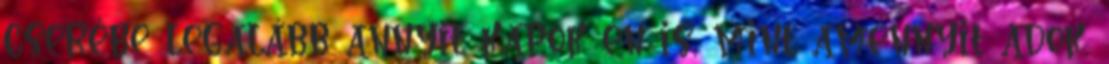
cserébe legalább annyit kapok én is, mint amennyit adok,